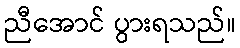
ညီအောင် ပွားရသည်။